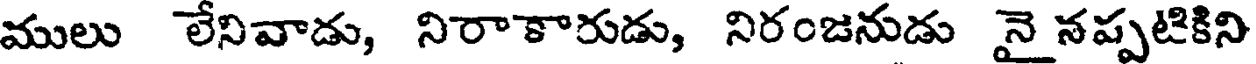
ములు లేనివాడు, నిరాకారుడు, నిరంజనుడు నై నప్పటికిని